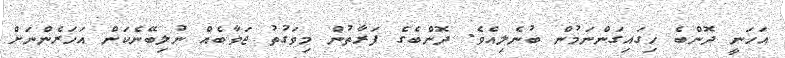
އަހަނީ ދޮންބެ ހިގައިގަންނަމުން ބުނެލިއެވެ. ދޮންބެގެ ފަރާތުން މިވަގުތު ޖަވާބެއް ނުލިބޭނެކަން އަހަރެންނަށް